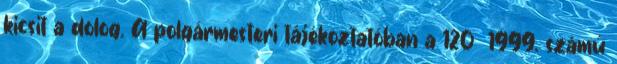
kicsit a dolog. A polgármesteri tájékoztatóban a 120 1999. számú